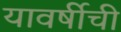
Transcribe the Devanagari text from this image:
यावर्षीची